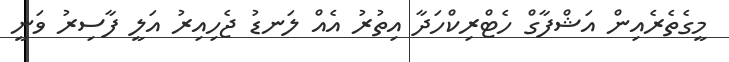
މީގެތެރެއިން އަޝްފާގް ހެޓްރިކްހަދާ އިތުރު އެއް ލަނޑު ޖެހިއިރު އަލީ ފާސިރު ވަނީ